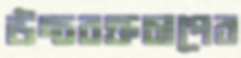
উচ্চরক্তচাপের